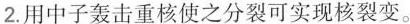
2.用中子轰击重核使之分裂可实现核裂变。